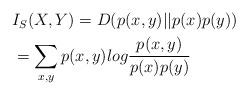
LaTeX: \begin{align*}\begin{aligned} & I_S(X,Y) = D(p(x,y)||p(x)p(y)) \cr & = \sum\limits_{x,y} {p(x,y)log{{p(x,y)} \over {p(x)p(y)}}} \cr \end{aligned}\end{align*}